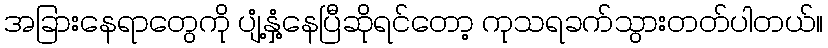
အခြားနေရာတွေကို ပျံ့နှံ့နေပြီဆိုရင်တော့ ကုသရခက်သွားတတ်ပါတယ်။